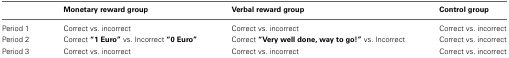
|  | Monetary reward group | Verbal reward group | Control group |
 | --- | --- | --- | --- |
 | Period 1 | Correct vs. incorrect | Correct vs. incorrect | Correct vs. incorrect |
 | Period 2 | Correct “1 Euro” vs. Incorrect “0 Euro” | Correct “Very well done, way to go!” vs. Incorrect | Correct vs. incorrect |
 | Period 3 | Correct vs. incorrect | Correct vs. incorrect | Correct vs. incorrect |